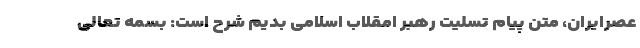
عصرایران، متن پیام تسلیت رهبر امقلاب اسلامی بدیم شرح است: بسمه تعالی